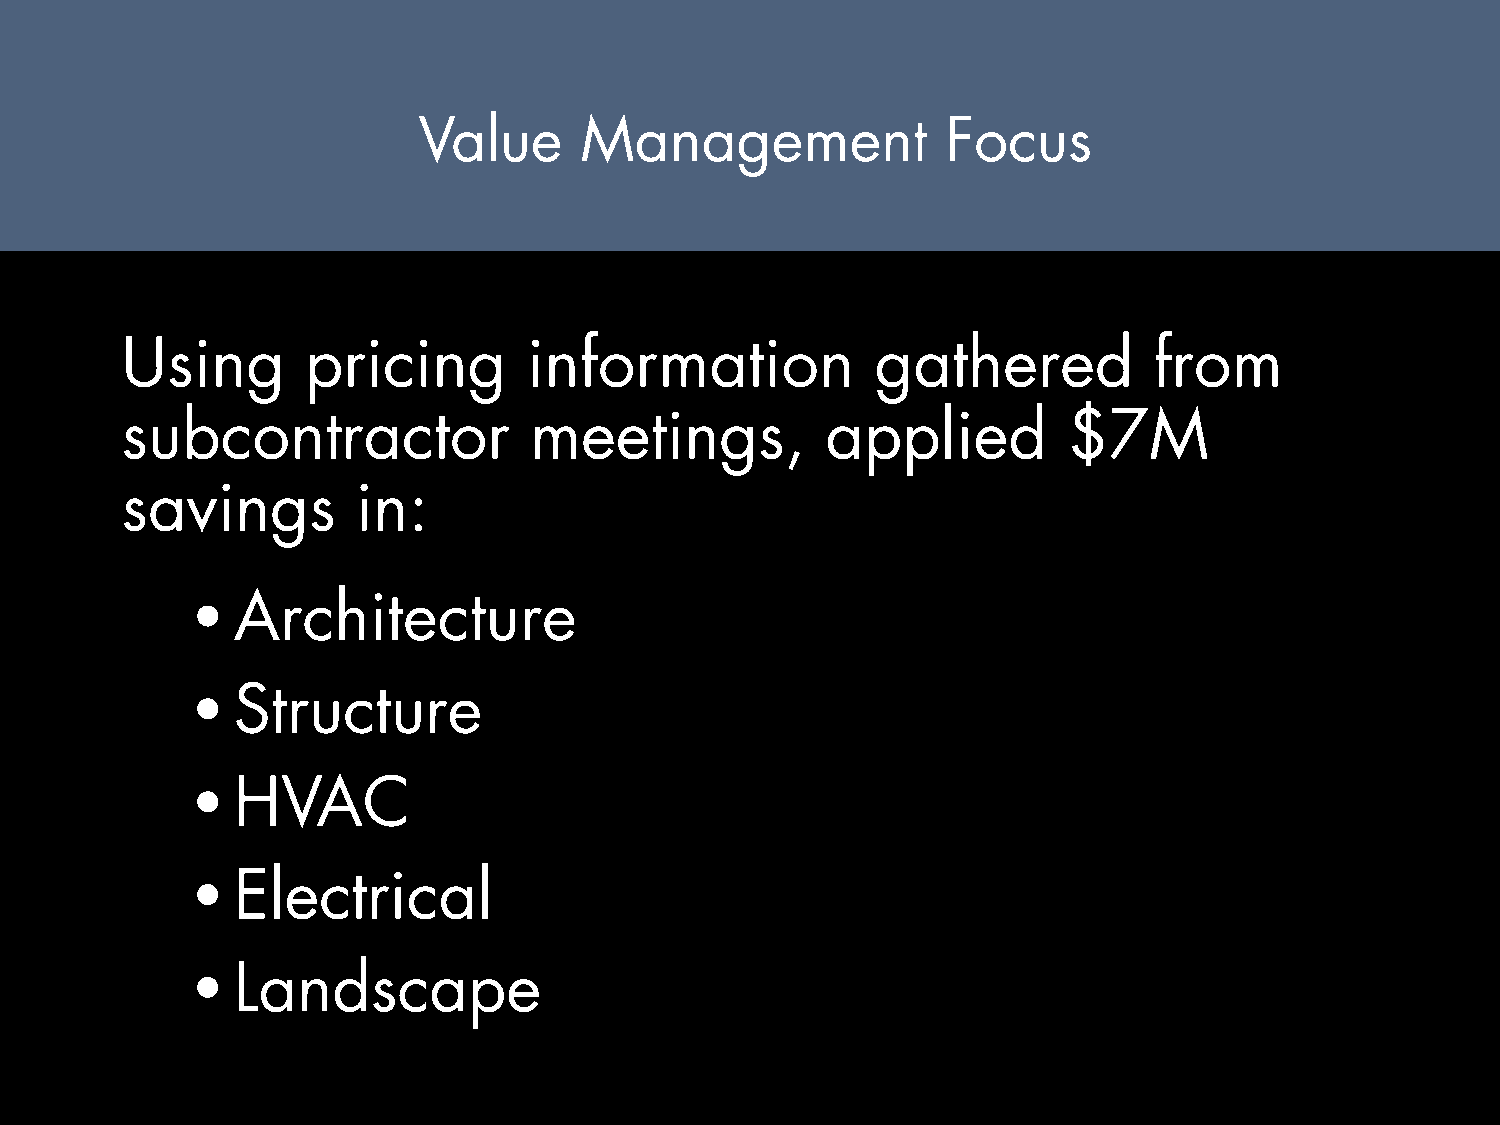
Value     Management               Focus
 Using       pricing        information            gathered          from
 subcontractor              meetings,           applied         $7M
 savings         in:
 • Architecture
 • Structure
 • HVAC
 • Electrical
 • Landscape